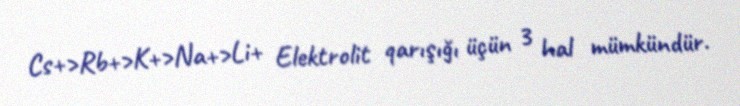
Cs+>Rb+>K+>Na+>Li+ Elektrolit qarışığı üçün 3 hal mümkündür.